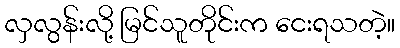
လှလွန်းလို့ မြင်သူတိုင်းက ငေးရသတဲ့။